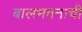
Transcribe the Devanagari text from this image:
बालभवनाची